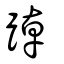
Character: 踔